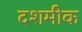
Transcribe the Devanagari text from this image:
दशमीक